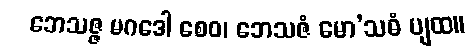
ဘေသဇ္ဇ မဂဒေါ စေဝ၊ ဘေသဇံ မော’သဓံ ပျထ။